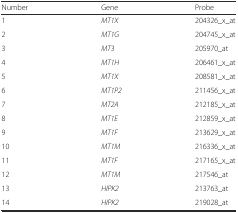
| Number | Gene | Probe |
 | --- | --- | --- |
 | 1 | MT1X | 204326_x_at |
 | 2 | MT1G | 204745_x_at |
 | 3 | MT3 | 205970_at |
 | 4 | MT1H | 206461_x_at |
 | 5 | MT1X | 208581_x_at |
 | 6 | MT1P2 | 211456_x_at |
 | 7 | MT2A | 212185_x_at |
 | 8 | MT1E | 212859_x_at |
 | 9 | MT1F | 213629_x_at |
 | 10 | MT1M | 216336_x_at |
 | 11 | MT1F | 217165_x_at |
 | 12 | MT1M | 217546_at |
 | 13 | HIPK2 | 213763_at |
 | 14 | HIPK2 | 219028_at |